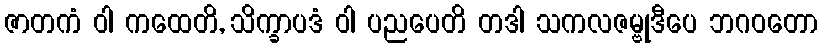
ဇာတကံ ဝါ ကထေတိ, သိက္ခာပဒံ ဝါ ပညပေတိ တဒါ သကလဇမ္ဗုဒီပေ ဘဂဝတော